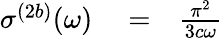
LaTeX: \begin{array}{rlr}{\sigma^{(2b)}(\omega)}&{{}=}&{\frac{\pi^{2}}{3c\omega}}\end{array}